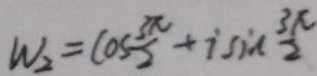
W _ { 2 } = \cos \frac { 3 \pi } { 2 } + i \sin \frac { 3 \pi } { 2 }